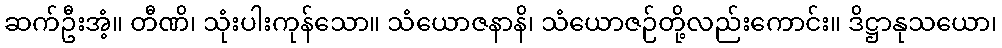
ဆက်ဦးအံ့။ တီဏိ၊ သုံးပါးကုန်သော။ သံယောဇနာနိ၊ သံယောဇဉ်တို့လည်းကောင်း။ ဒိဋ္ဌာနုသယော၊